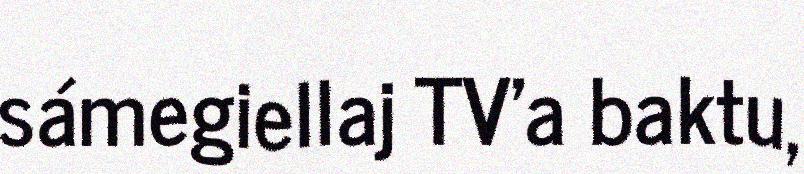
sámegiellaj TV'a baktu,